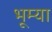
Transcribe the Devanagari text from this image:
भूम्या